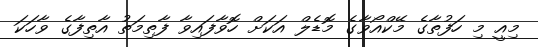
މިއީ މި ހަފުތާގެ މޭކްއޯވާގެ މޮޑެލް އަކަށް ހޮވާފައިވާ ފާތިމަތު އާތިފާގެ ވާހަކަ